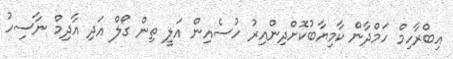
އިބްރާހިމް ހަމްދާން ކާމިޔާބުކޮށްދިންއިރު ހުސެއިން އަލީ ތިން ގޯލް އަދި އާދިމް ނާސިހު